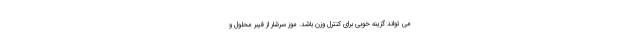
می تواند گزینه خوبی برای کنترل وزن باشد. موز سرشار از فیبر محلول و